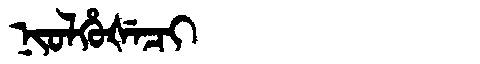
Manchu: ᠨᡳᠣᠯᡥᡠᡧᡝᠴᡳ
Romanization: NIOLHUŠECI